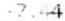
-7.44